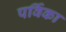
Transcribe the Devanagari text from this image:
पर्विका